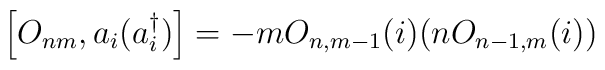
\left[O_{nm}  ,  a_i  (a_i^\dagger)  \right]  =  -m   O_{n,m-1}(i)(nO_{n-1,m}(i))